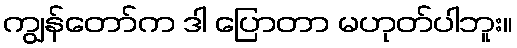
ကျွန်တော်က ဒါ ပြောတာ မဟုတ်ပါဘူး။